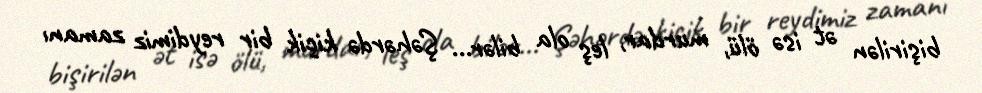
bişirilən ət isə ölü, murdar, leş ola bilər... Şəhərdə kiçik bir reydimiz zamanı